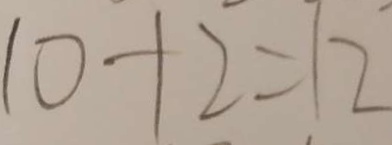
1 0 + 2 = 1 2